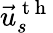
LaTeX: \vec{u}_{s}^{\mathrm{~t~h~}}